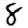
Digit: 8